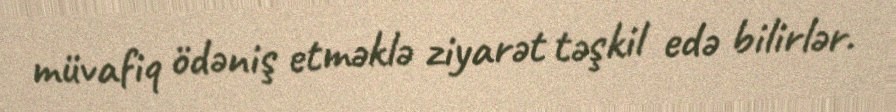
müvafiq ödəniş etməklə ziyarət təşkil edə bilirlər.